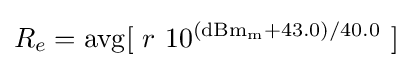
R_{e}=\operatorname {avg} [\ r\ 10^{(\mathrm {dBm_{m}} +43.0)/40.0}\ ]